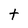
Character: t